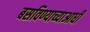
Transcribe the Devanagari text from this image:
बसविण्याच्याआधी